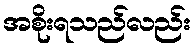
အစိုးရသည်လည်း